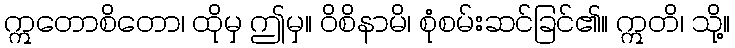
ဣတောစိတော၊ ထိုမှ ဤမှ။ ဝိစိနာမိ၊ စုံစမ်းဆင်ခြင်၏။ ဣတိ၊ သို့။